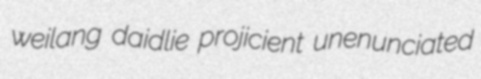
weilang daidlie projicient unenunciated